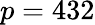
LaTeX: p=432